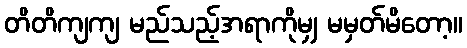
တိတိကျကျ မည်သည့်အရာကိုမျှ မမှတ်မိတော့။